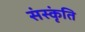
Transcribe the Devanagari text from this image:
संस्कृंति